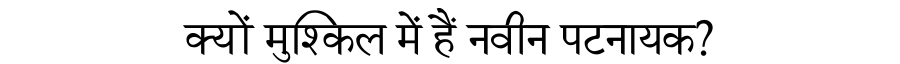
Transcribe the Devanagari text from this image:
क्यों मुश्किल में हैं नवीन पटनायक?